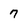
Character: 7